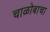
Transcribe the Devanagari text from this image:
चाळोबाचा